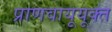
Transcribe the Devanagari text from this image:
प्राणवायूयूक्त